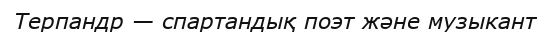
Терпандр — спартандық поэт және музыкант